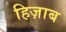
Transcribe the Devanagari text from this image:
हिज़ाब